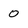
Character: 0